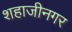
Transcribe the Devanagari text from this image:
शहाजीनगर